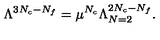
\Lambda ^ { 3 N _ { c } - N _ { f } } = \mu ^ { N _ { c } } \Lambda _ { N = 2 } ^ { 2 N _ { c } - N _ { f } } .